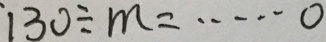
1 3 0 \div m = \cdots 0